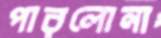
পারলোনা